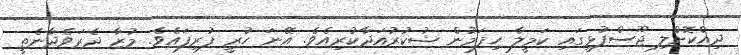
ދިއްކޮށްލި ޖޫސްފުޅީގައި ކަމީލާ ހިފަމުން ޝުކުރުއަދާކުރިއެވެ. އޭނަ ހުރީ ފުރިފައެވެ. މުޒާ ދެރަވެދާނެތީ